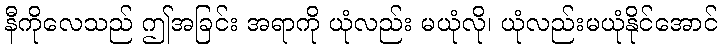
နီကိုလေသည် ဤအခြင်း အရာကို ယုံလည်း မယုံလို၊ ယုံလည်းမယုံနိုင်အောင်